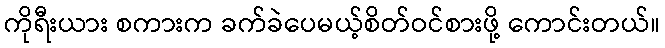
ကိုရီးယား စကားက ခက်ခဲပေမယ့်စိတ်ဝင်စားဖို့ ကောင်းတယ်။